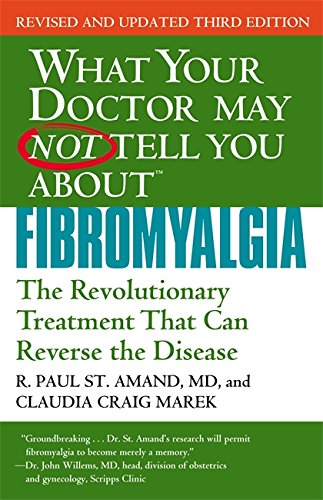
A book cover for What Your Doctor May Not Tell You About Fibromyalgia: The Revolutionary Treatment That Can Reverse the Disease; R. Paul St. Amand; Health, Fitness & Dieting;